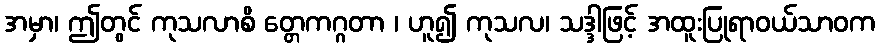
အမှာ၊ ဤတွင် ကုသလာစိ တ္တေကဂ္ဂတာ ၊ ဟူ၍ ကုသလ၊ သဒ္ဒါဖြင့် အထူးပြုရာဝယ်သာဝက